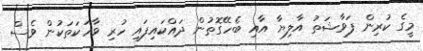
މީގެ ކުރިން ފަވާޝަތު އާލިޔާ އާއި ބެހޭގޮތުން ދައްކައިފައި ހުރި ވާހަކަތަކުން ވެސް